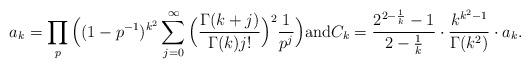
LaTeX: \begin{align*} a_k= \prod_p\Big( (1-p^{-1})^{k^2} \sum_{j=0}^{\infty}\Big(\frac{\Gamma(k+j)}{\Gamma(k)j!}\Big)^2\frac{1}{p^{j}} \Big) \mbox{and} C_k=\frac{2^{2-\frac1k}-1}{2-\frac1k} \cdot \frac{k^{k^2-1}}{\Gamma(k^2)}\cdot a_k.\end{align*}